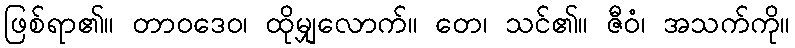
ဖြစ်ရာ၏။ တာဝဒေဝ၊ ထိုမျှလောက်။ တေ၊ သင်၏။ ဇီဝံ၊ အသက်ကို။